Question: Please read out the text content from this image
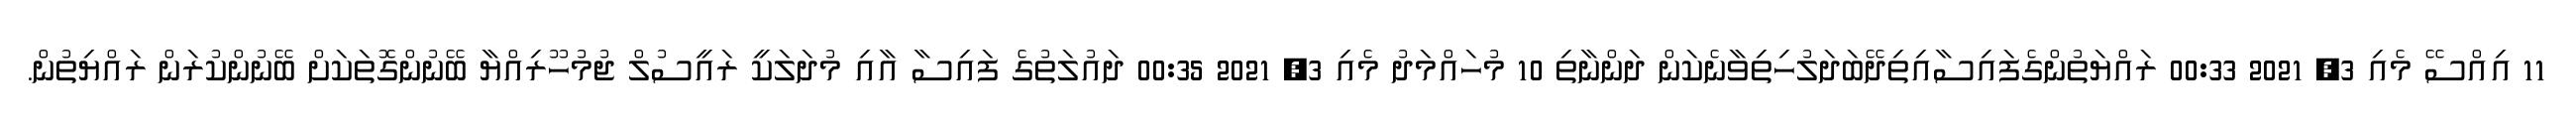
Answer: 11 އިއްސޭ މެއި 3, 2021 00:33 ރައްޔަތުންގެފައިސާއިތިދޭބަދަލުހިތިވާނެކަން ދަންނާތި 10 މުހައްމަދު މެއި 3, 2021 00:35 ދައުލަތުގެ ފައިސާ އާއި މުދަލަކީ ރައީސުލް ޖުމުހޫރިއްޔާ ބޭނުންގޮތަކަށް ބޭނުންކުރަން ރައްޔިތުން.